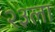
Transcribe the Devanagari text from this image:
२३ला